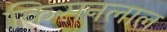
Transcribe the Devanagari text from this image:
किसनलाल